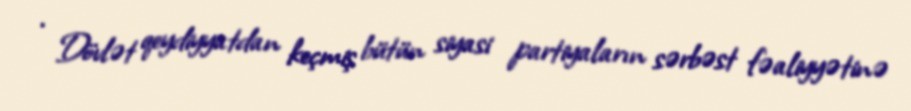
· Dövlət qeydiyyatdan keçmiş bütün siyasi partiyaların sərbəst fəaliyyətinə